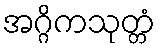
အဂ္ဂိကသုတ္တံ